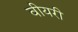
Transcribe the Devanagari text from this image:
वीयरी